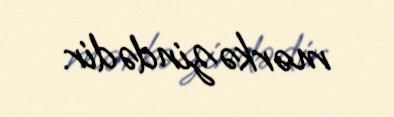
mərkəzindədir.